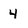
Character: 4